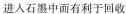
进人石墨中而有利于回收